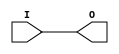
module IBUFG_AGP (O, I);

    output O;

    input  I;

	buf B1 (O, I);


endmodule